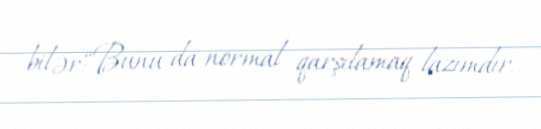
bilər:“Bunu da normal qarşılamaq lazımdır.